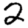
Digit: 2